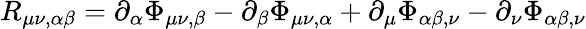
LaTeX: R_{\mu\nu,\alpha\beta}=\partial_{\alpha}\Phi_{\mu\nu,\beta}-\partial_{\beta}\Phi_{\mu\nu,\alpha}+\partial_{\mu}\Phi_{\alpha\beta,\nu}-\partial_{\nu}\Phi_{\alpha\beta,\nu}